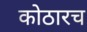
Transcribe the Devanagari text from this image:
कोठारच